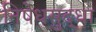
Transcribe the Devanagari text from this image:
निषेधसुद्धा